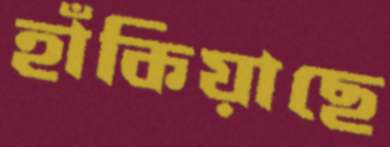
হাঁকিয়াছে